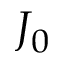
J _ { 0 }